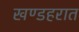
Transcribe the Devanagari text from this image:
खण्डहरात